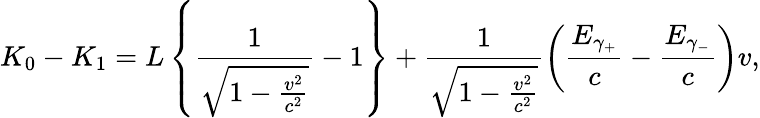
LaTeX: K_{0}-K_{1}=L\left\{ \frac{1}{\sqrt{1-\frac{v^{2}}{c^{2}}}}-1\right\} +\frac{1}{\sqrt{1-\frac{v^{2}}{c^{2}}}}\left(\frac{E_{\gamma_{+}}}c-\frac{E_{\gamma_{-}}}c\right)v,